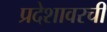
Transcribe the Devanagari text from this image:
प्रदेशावरची